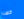
حسنا